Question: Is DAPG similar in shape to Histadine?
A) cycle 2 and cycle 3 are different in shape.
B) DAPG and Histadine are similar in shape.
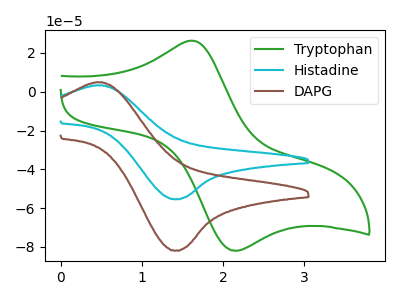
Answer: <think>The green curve "Tryptophan" has an anodic peak at (1.65V, 26.25uA) and a cathodic peak at (2.15V, -82.00uA). The cyan curve "Histadine" has an anodic peak at (0.50V, 3.25uA) and a cathodic peak at (1.40V, -55.40uA). The brown curve "DAPG" has an anodic peak at (0.50V, 4.85uA) and a cathodic peak at (1.40V, -81.90uA).
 All the peaks in "DAPG" have a peak in "Histadine" at the same potential. Every peak in "DAPG" is higher than every peak in "Histadine".</think>
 <answer>B) "DAPG" and "Histadine" are similar in shape.</answer>
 <eval>B</eval>